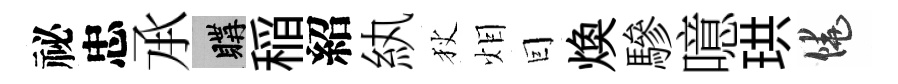
祕忠𠄘購稲紹紈狄𤇆囙焕驂噫珙饒